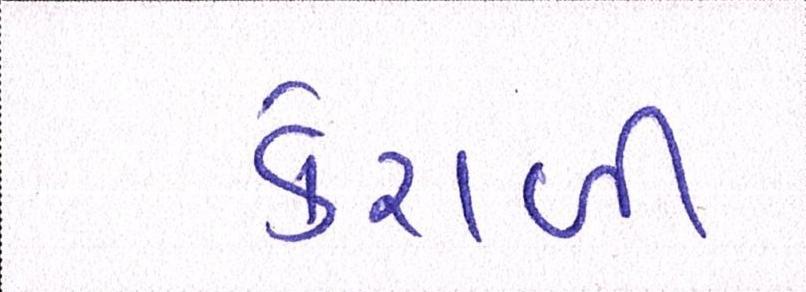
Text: કેરાળી